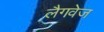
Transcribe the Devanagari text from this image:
लैगवेज